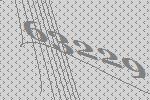
63229